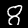
Label: 8